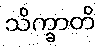
သိက္ခာတိ